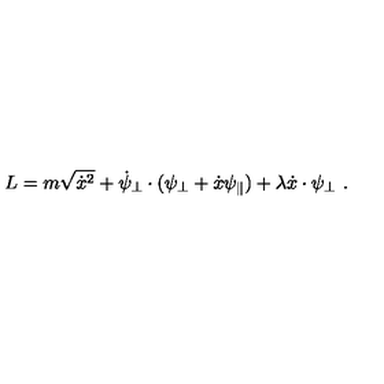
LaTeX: L = m \sqrt { \dot { x } ^ { 2 } } + \dot { \psi } _ { \perp } \cdot ( \psi _ { \perp } + \dot { x } \psi _ { \parallel } ) + \lambda \dot { x } \cdot \psi _ { \perp } \ .